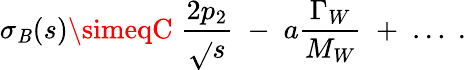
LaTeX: \sigma_{\mathit{B}}(s)\simeqC\; {\frac{{2p_{2}}}{{\sqrt{}{{s}}}}}\; -\; a{\frac{{\Gamma_{W}}}{{M_{W}}}}\; +\; \ldots\; .